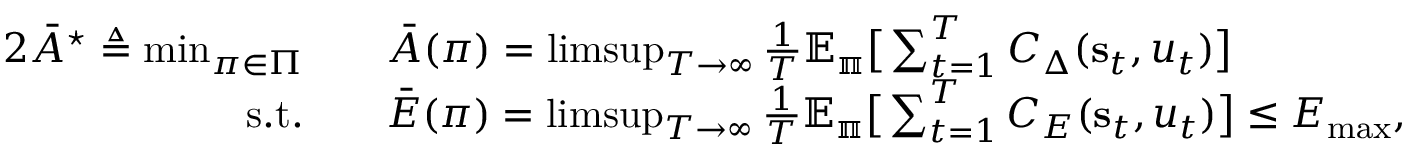
\begin{array} { r l r } { { 2 } \bar { A } ^ { \star } \triangleq \operatorname* { m i n } _ { \pi \in \Pi } \quad } & { \bar { A } ( \pi ) = \operatorname* { l i m s u p } _ { T \rightarrow \infty } \frac { 1 } { T } \mathbb { E _ { \pi } } \big [ \sum _ { t = 1 } ^ { T } C _ { \Delta } ( \mathbf { s } _ { t } , u _ { t } ) \big ] } & \\ { \mathrm { s . t . } \quad } & { \bar { E } ( \pi ) = \operatorname* { l i m s u p } _ { T \rightarrow \infty } \frac { 1 } { T } \mathbb { E _ { \pi } } \big [ \sum _ { t = 1 } ^ { T } C _ { E } ( \mathbf { s } _ { t } , u _ { t } ) \big ] \leq E _ { \mathrm { m a x } } , } & \end{array}